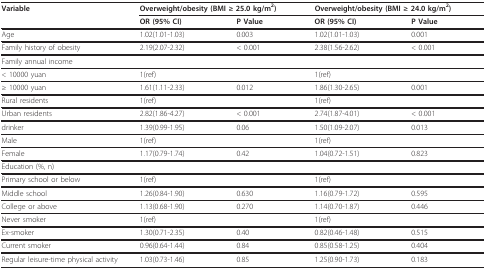
<table><thead><tr><td><b>Variable</b></td><td colspan="2"><b>Overweight/obesity (BMI ≥ 25.0 kg/m<sup>2</sup>)</b></td><td colspan="2"><b>Overweight/obesity (BMI ≥ 24.0 kg/m<sup>2</sup>)</b></td></tr><tr><td></td><td><b>OR (95% CI)</b></td><td><b>P Value</b></td><td><b>OR (95% CI)</b></td><td><b>P Value</b></td></tr></thead><tbody><tr><td>Age</td><td>1.02(1.01-1.03)</td><td>0.003</td><td>1.02(1.01-1.03)</td><td>0.001</td></tr><tr><td>Family history of obesity</td><td>2.19(2.07-2.32)</td><td>&lt; 0.001</td><td>2.38(1.56-2.62)</td><td>&lt; 0.001</td></tr><tr><td colspan="5">Family annual income</td></tr><tr><td>&lt; 10000 yuan</td><td>1(ref)</td><td></td><td>1(ref)</td><td></td></tr><tr><td>≥ 10000 yuan</td><td>1.61(1.11-2.33)</td><td>0.012</td><td>1.86(1.30-2.65)</td><td>0.001</td></tr><tr><td>Rural residents</td><td>1(ref)</td><td></td><td>1(ref)</td><td></td></tr><tr><td>Urban residents</td><td>2.82(1.86-4.27)</td><td>&lt; 0.001</td><td>2.74(1.87-4.01)</td><td>&lt; 0.001</td></tr><tr><td>drinker</td><td>1.39(0.99-1.95)</td><td>0.06</td><td>1.50(1.09-2.07)</td><td>0.013</td></tr><tr><td>Male</td><td>1(ref)</td><td></td><td>1(ref)</td><td></td></tr><tr><td>Female</td><td>1.17(0.79-1.74)</td><td>0.42</td><td>1.04(0.72-1.51)</td><td>0.823</td></tr><tr><td colspan="5">Education (%, n)</td></tr><tr><td>Primary school or below</td><td>1(ref)</td><td></td><td>1(ref)</td><td></td></tr><tr><td>Middle school</td><td>1.26(0.84-1.90)</td><td>0.630</td><td>1.16(0.79-1.72)</td><td>0.595</td></tr><tr><td>College or above</td><td>1.13(0.68-1.90)</td><td>0.270</td><td>1.14(0.70-1.87)</td><td>0.446</td></tr><tr><td>Never smoker</td><td>1(ref)</td><td></td><td>1(ref)</td><td></td></tr><tr><td>Ex-smoker</td><td>1.30(0.71-2.35)</td><td>0.40</td><td>0.82(0.46-1.48)</td><td>0.515</td></tr><tr><td>Current smoker</td><td>0.96(0.64-1.44)</td><td>0.84</td><td>0.85(0.58-1.25)</td><td>0.404</td></tr><tr><td>Regular leisure-time physical activity</td><td>1.03(0.73-1.46)</td><td>0.85</td><td>1.25(0.90-1.73)</td><td>0.183</td></tr></tbody></table>